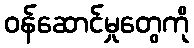
ဝန်ဆောင်မှုတွေကို